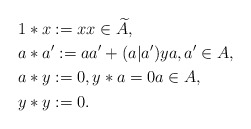
\begin{align*}&1*x:=x x \in \widetilde{A},\\&a*a':=aa'+(a|a')y a,a' \in A,\\&a*y:=0, y*a=0 a \in A, \\&y*y:=0. \end{align*}